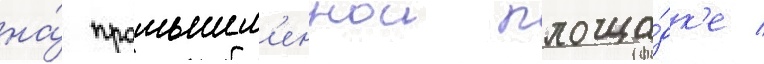
на́ промышл'еннои площа́дк'е /